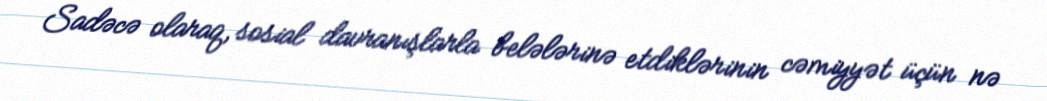
Sadəcə olaraq, sosial davranışlarla belələrinə etdiklərinin cəmiyyət üçün nə